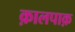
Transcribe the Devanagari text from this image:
क़ालपाक़